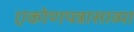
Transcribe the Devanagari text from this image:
एकोणपन्नासाव्या